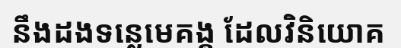
នឹងដងទន្លេមេគង្គ ដែលវិនិយោគ